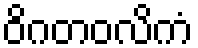
ဝိဂတဝလိကံ